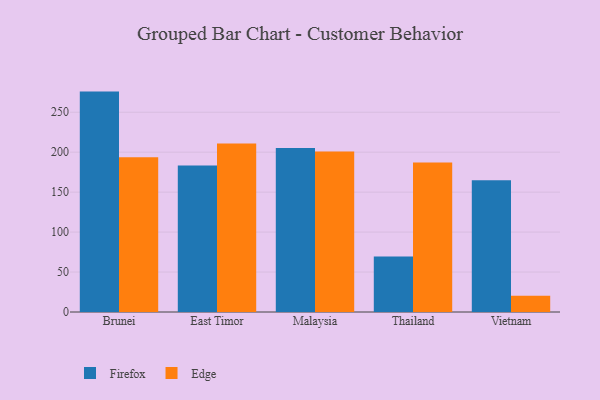
{"axis": {"x": "Country", "y": "Tickets Resolved"}, "legend": ["Edge", "Firefox"], "data": [{"x": "Brunei", "y": 275.8, "type": "Firefox"}, {"x": "Brunei", "y": 193.6, "type": "Edge"}, {"x": "East Timor", "y": 183.2, "type": "Firefox"}, {"x": "East Timor", "y": 210.9, "type": "Edge"}, {"x": "Malaysia", "y": 205.2, "type": "Firefox"}, {"x": "Malaysia", "y": 200.8, "type": "Edge"}, {"x": "Thailand", "y": 69.5, "type": "Firefox"}, {"x": "Thailand", "y": 187.2, "type": "Edge"}, {"x": "Vietnam", "y": 164.9, "type": "Firefox"}, {"x": "Vietnam", "y": 20.4, "type": "Edge"}]}